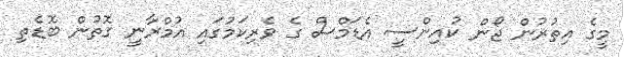
މީގެ އިތުރުން ޖޯން ކުއިންސީ އެޑަމްސް ގެ ވެރިކަމުގައި އުމްރާނީ ގޮތުން ބޮޑެތި